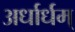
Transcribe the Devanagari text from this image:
अर्धार्धम्